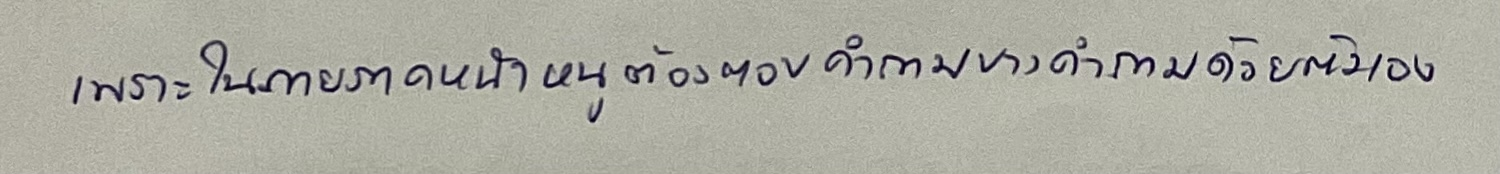
เพราะในภายภาคหน้าหนูต้องตอบคำถามบางคำถามด้วยตนเอง